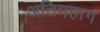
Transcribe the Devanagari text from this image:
अतिमहाग